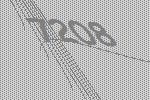
7208